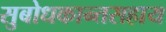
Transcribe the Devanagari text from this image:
सुबोधकान्तसहाय